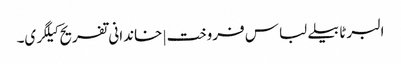
البرٹا بیلے لباس فروخت | خاندانی تفریح ​​کیلگری۔